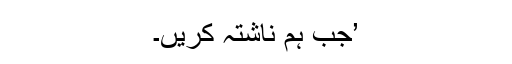
’جب ہم ناشتہ کریں۔